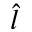
\hat { l }